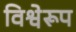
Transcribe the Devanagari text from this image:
विश्वेरूप